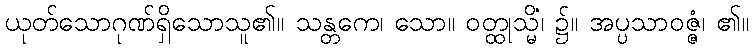
ယုတ်သောဂုဏ်ရှိသောသူ၏။ သန္တကေ၊ သော။ ဝတ္ထုသ္မိံ၊ ၌။ အပ္ပသာဝဇ္ဇံ၊ ၏။